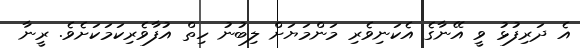
އެ ދަރިފުޅު ވީ އޭނާގެ އެކަނިވެރި މަންމަޔަށް ލިބުނު ހިތް އުފާވެރިކަމަކަށެވެ. ރީނާ